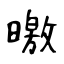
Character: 噭